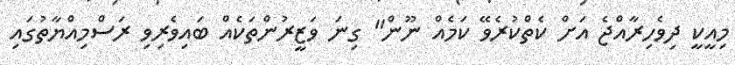
މިއީކީ ދިވެހިރާއްޖެ އަށް ކެތްކުރެވޭ ކަމެއް ނޫން" ގިނަ ވަޒީރުންތަކެއް ބައިވެރިވި ރަސްމިއްޔާތުގައި